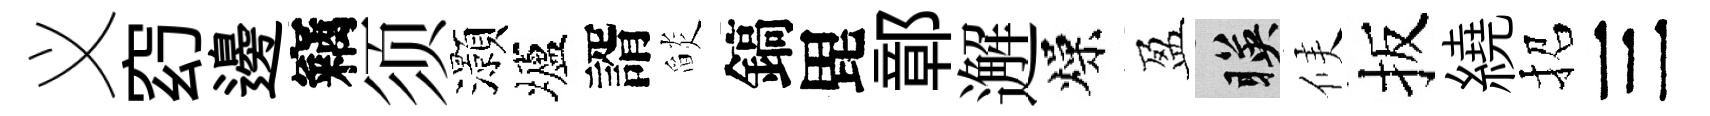
义𥥆邊竊须灝壚諝𦦨鎬毘鄣邂燥盈暎候扳繞招三